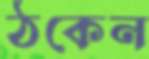
ঠকেন